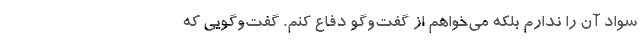
سواد آن را ندارم بلکه می‌خواهم از گفت‌وگو دفاع کنم. گفت‌وگویی که